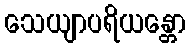
သေယျာပရိယန္တော